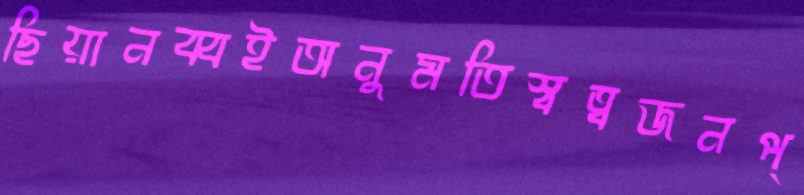
ছিয়ানব্বইঅনুমতিস্বত্বজনপ্